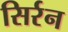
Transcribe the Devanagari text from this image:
सिर्रन